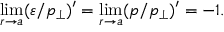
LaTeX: \operatorname * { l i m } _ { r \to a } ( \varepsilon / p _ { \perp } ) ^ { \prime } = \operatorname * { l i m } _ { r \to a } ( p / p _ { \perp } ) ^ { \prime } = - 1 .